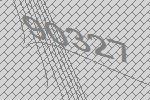
90327